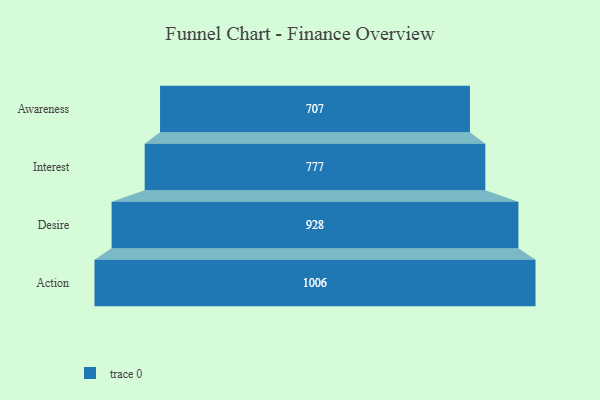
{"axis": {"x": "Stage", "y": "Value"}, "legend": [""], "data": [{"x": "Awareness", "y": 707.0, "type": ""}, {"x": "Interest", "y": 777.0, "type": ""}, {"x": "Desire", "y": 928.0, "type": ""}, {"x": "Action", "y": 1006.0, "type": ""}]}